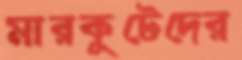
মারকুটেদের